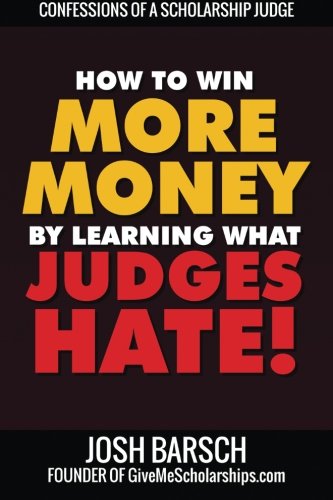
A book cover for Confessions of a Scholarship Judge: How to Win More Money by Learning What Judges Hate; Josh Barsch; Education & Teaching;